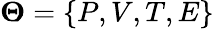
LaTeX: \boldsymbol{\Theta}=\{ P,V,T,E\}